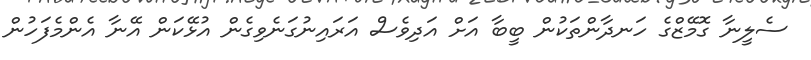
ސެލީނާ ގޮމޭޒްގެ ހަނދާންތަކުން ބީބާ އަށް އަދިވެސް އަރައިނުގަނެވިގެން އުޅޭކަން އޭނާ އެންމެފަހުން